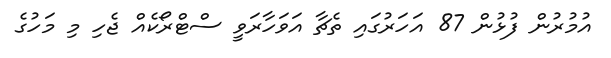
އުމުރުން ފުޅުން 87 އަހަރުގައި ތެޗާ އަވަހާރަވީ ސްޓްރޯކެއް ޖެހި މި މަހުގެ